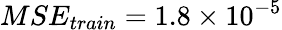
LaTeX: MSE_{train}=1.8\times 10^{-5}